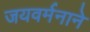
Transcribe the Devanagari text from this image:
जयवर्मनाने